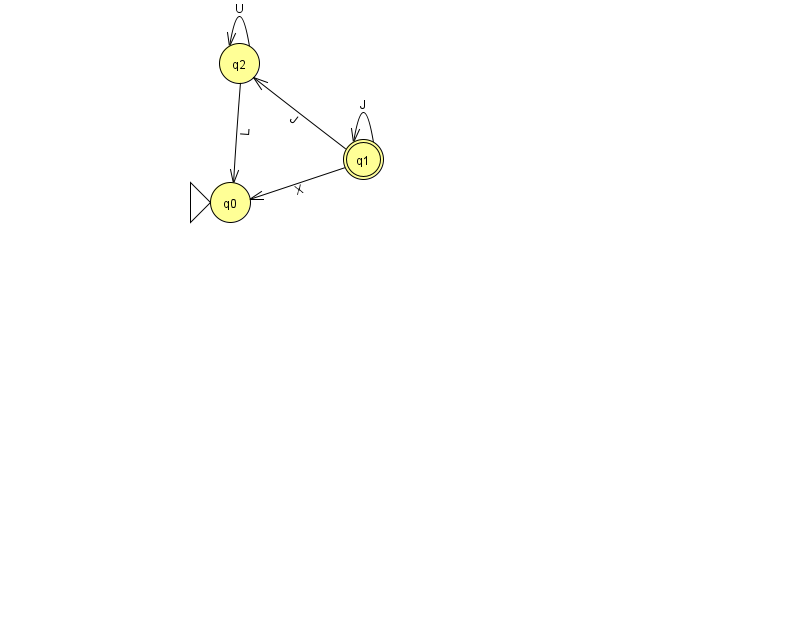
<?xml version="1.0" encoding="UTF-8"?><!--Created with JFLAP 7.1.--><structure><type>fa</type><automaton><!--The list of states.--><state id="0" name="q0"><x>230.0</x><y>189.0</y><initial/></state><state id="1" name="q1"><x>363.0</x><y>146.0</y><final/></state><state id="2" name="q2"><x>239.0</x><y>50.0</y></state><!--The list of transitions.--><transition><from>2</from><to>2</to><read>U</read></transition><transition><from>2</from><to>0</to><read>L</read></transition><transition><from>1</from><to>1</to><read>J</read></transition><transition><from>1</from><to>0</to><read>X</read></transition><transition><from>1</from><to>2</to><read>J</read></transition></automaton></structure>